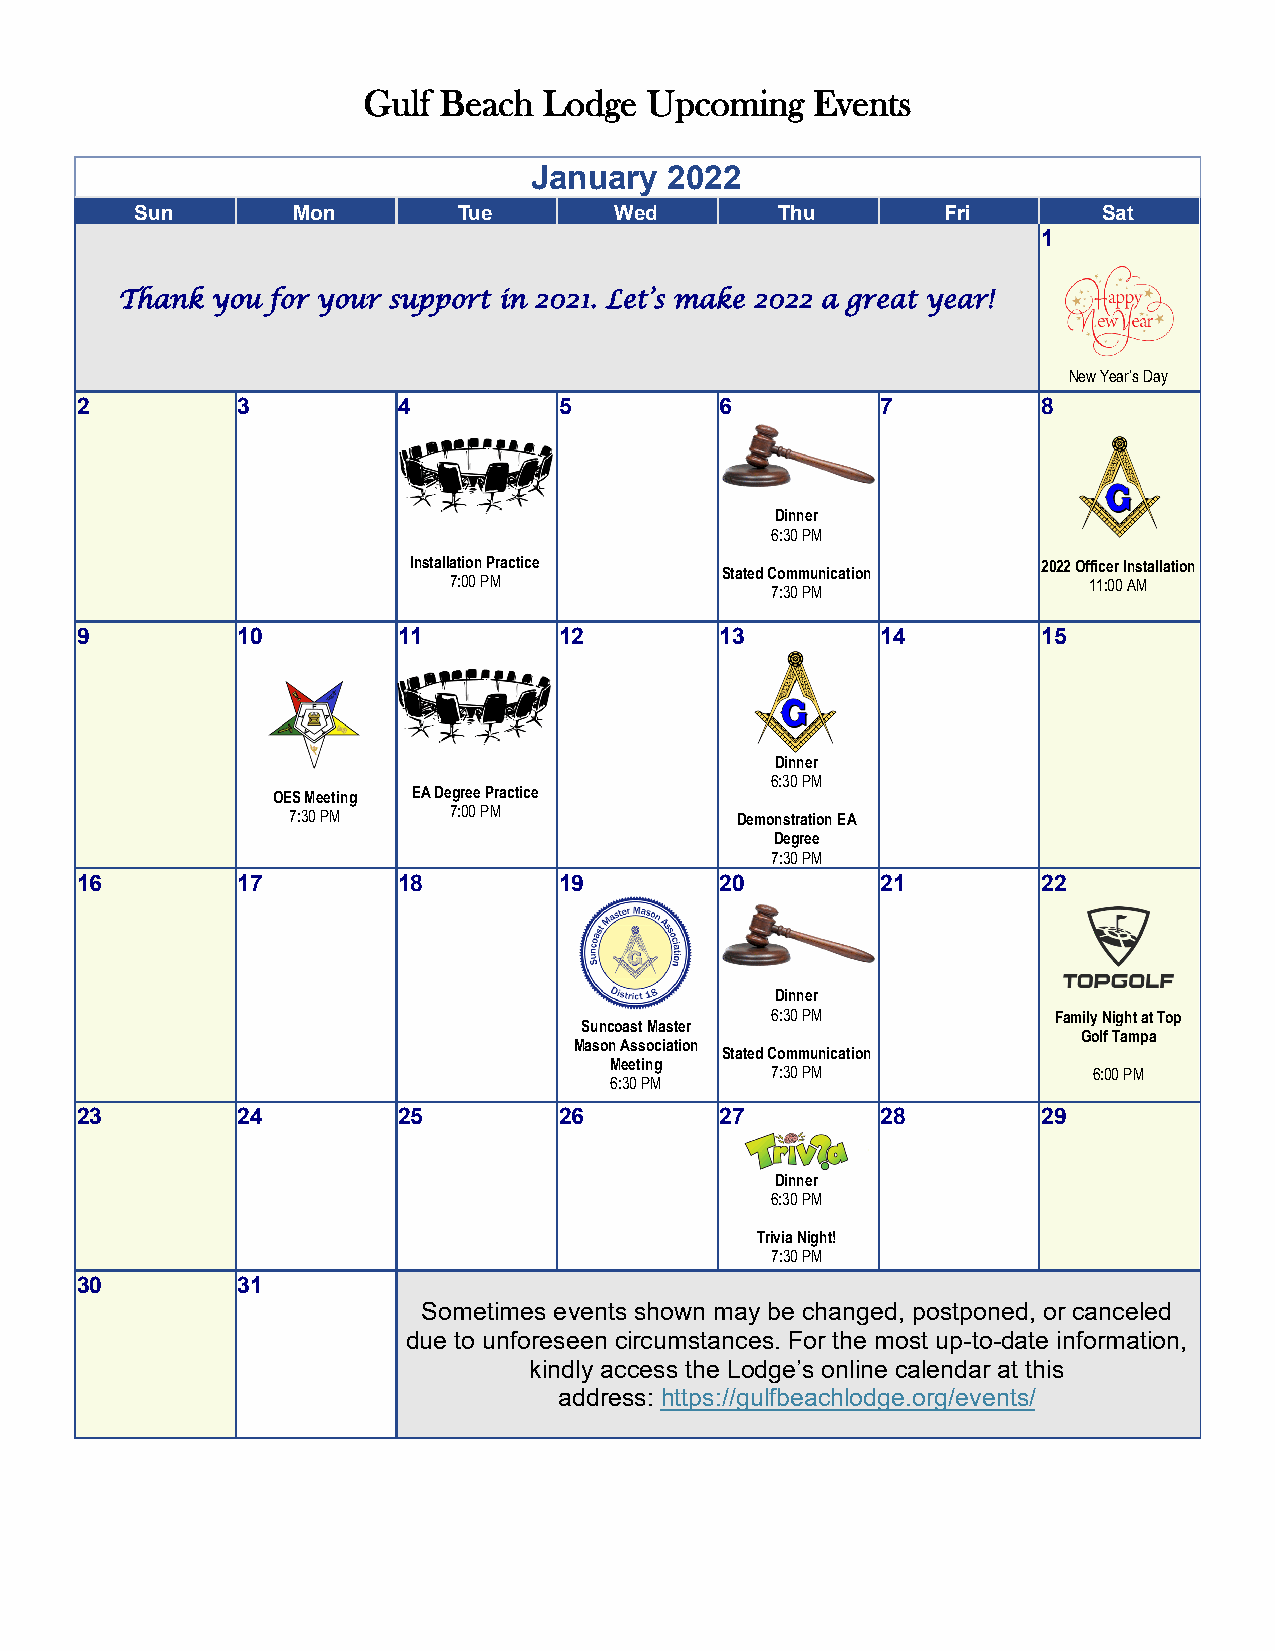
Gulf Beach  Lodge  Upcoming   Events
 January  2022
 Sun       Mon        Tue        Wed       Thu         Fri       Sat
 1
 Thank you for your support in 2021. Let’s make 2022 a great year!
 New Year’s Day
 2          3         4          5          6         7          8
 Dinner
 6:30 PM
 Installation Practice                     2022 Officer Installation
 Stated Communication
 7:00 PM                                   11:00 AM
 7:30 PM
 9          10        11         12         13        14         15
 Dinner
 6:30 PM
 OES Meeting EA Degree Practice
 7:30 PM    7:00 PM            Demonstration EA
 Degree
 7:30 PM
 16         17        18         19         20        21         22
 Dinner
 6:30 PM            Family Night at Top
 Suncoast Master
 Golf Tampa
 Mason Association
 Stated Communication
 Meeting
 7:30 PM              6:00 PM
 6:30 PM
 23         24        25         26         27        28         29
 Dinner
 6:30 PM
 Trivia Night!
 7:30 PM
 30         31
 Sometimes events shown may be changed, postponed, or canceled
 due to unforeseen circumstances. For the most up-to-date information,
 kindly access the Lodge’s online calendar at this
 address: https://gulfbeachlodge.org/events/